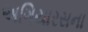
અગિયારસના